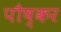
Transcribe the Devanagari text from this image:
पौष्कर